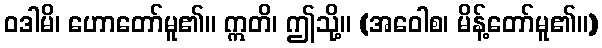
ဝဒါမိ၊ ဟောတော်မူ၏။ ဣတိ၊ ဤသို့။ (အဝေါစ၊ မိန့်တော်မူ၏။)